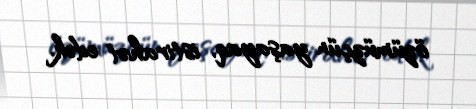
özümüzçün yaşayaq, istirahət edək.